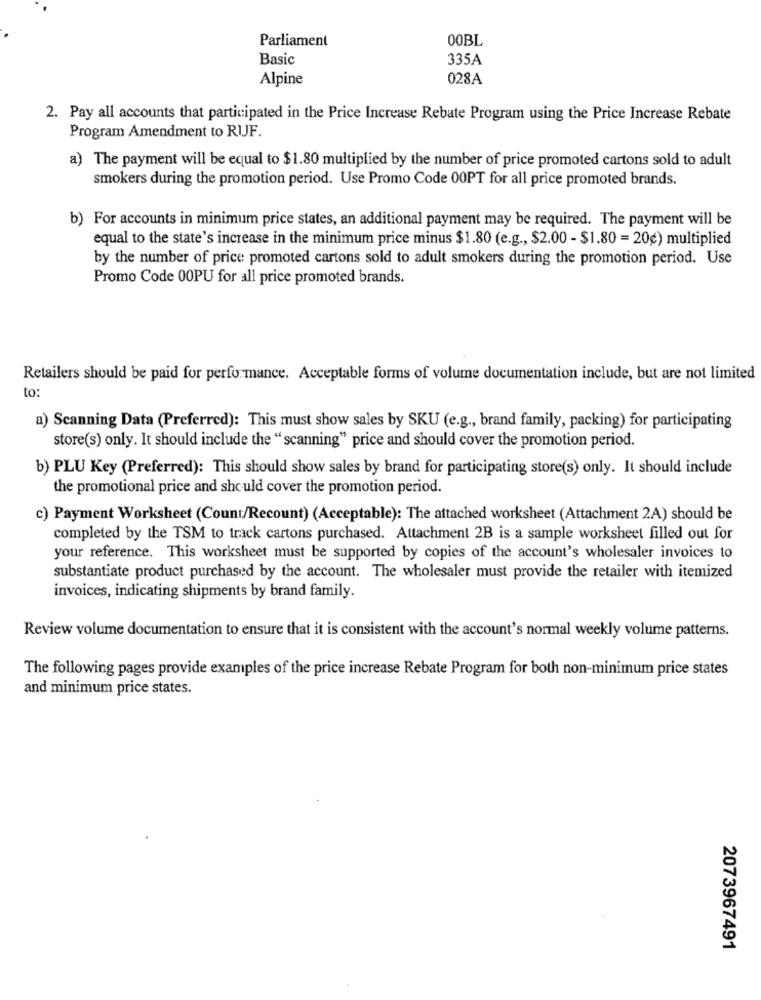
Parliament
00BL
Basic
335A
Alpine
028A
2. Pay all accounts that participated in the Price Increase Rebate Program using the Price Increase Rebate
Program Amendment to RIJF.
a) The payment will be equal to $1.80 multiplied by the number of price promoted cartons sold to adult
smokers during the promotion period. Use Promo Code 00PT for all price promoted brands.
b) For accounts in minimum price states, an additional payment may be required. The payment will be
equal to the state's increase in the minimum price minus $1.80 (e.g ., $2.00 - $1.80 = 20g) multiplied
by the number of price promoted cartons sold to adult smokers during the promotion period. Use
Promo Code 00PU for all price promoted brands.
Retailers should be paid for performance. Acceptable forms of volume documentation include, but are not limited
to:
a) Scanning Data (Preferred): This must show sales by SKU (e.g ., brand family, packing) for participating
store(s) only. It should include the "scanning" price and should cover the promotion period.
b) PLU Key (Preferred): This should show sales by brand for participating store(s) only. It should include
the promotional price and should cover the promotion period.
c) Payment Worksheet (Count/Recount) (Acceptable): The attached worksheet (Attachment 2A) should be
completed by the TSM to track cartons purchased. Attachment 2B is a sample worksheet filled out for
your reference. This worksheet must be supported by copies of the account's wholesaler invoices to
substantiate product purchased by the account. The wholesaler must provide the retailer with itemized
invoices, indicating shipments by brand family.
Review volume documentation to ensure that it is consistent with the account's normal weekly volume patterns.
The following pages provide examples of the price increase Rebate Program for both non-minimum price states
and minimum price states.
2073967491